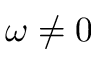
\omega \neq 0